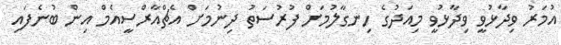
އުމަރު ވިދާޅުވީ ވިދާޅުވީ މިއަދުގެ ހިނގާލުމަށް ފުރުސަތު ދިނުމަށް އެޗްއާރްސީއެމް އިން ބުނެފައި